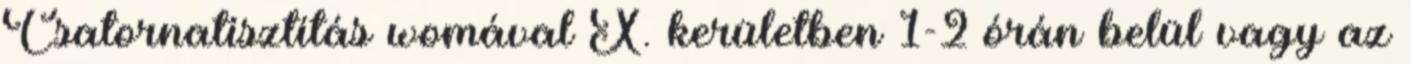
Csatornatisztítás womával X. kerületben 1-2 órán belül vagy az